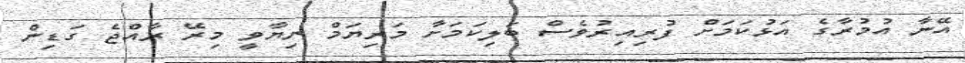
އޭނާ އުމުރާގެ އަޅުކަމަށް ފުރިއިރުވެސް ބަލިކަމަށާ މަރިޔަމް ނިޔާވީ މިރޭ ރާއްޖެ ގަޑިން